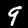
Digit: 9